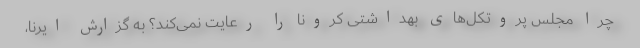
چرا مجلس پروتکل‌های بهداشتی کرونا را رعایت نمی‌کند؟ به گزارش ایرنا،